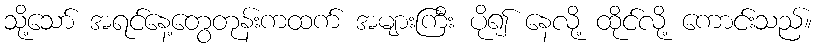
သို့သော် အရင်နေ့တွေတုန်းကထက် အများကြီး ပို၍ နေလို့ ထိုင်လို့ ကောင်းသည်။